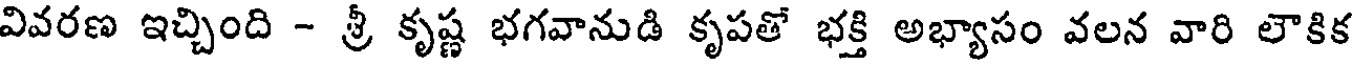
వివరణ ఇచ్చింది - శ్రీ కృష్ణ భగవానుడి కృపతో భక్తి అభ్యాసం వలన వారి లౌకిక